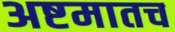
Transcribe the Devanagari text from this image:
अष्टमातच